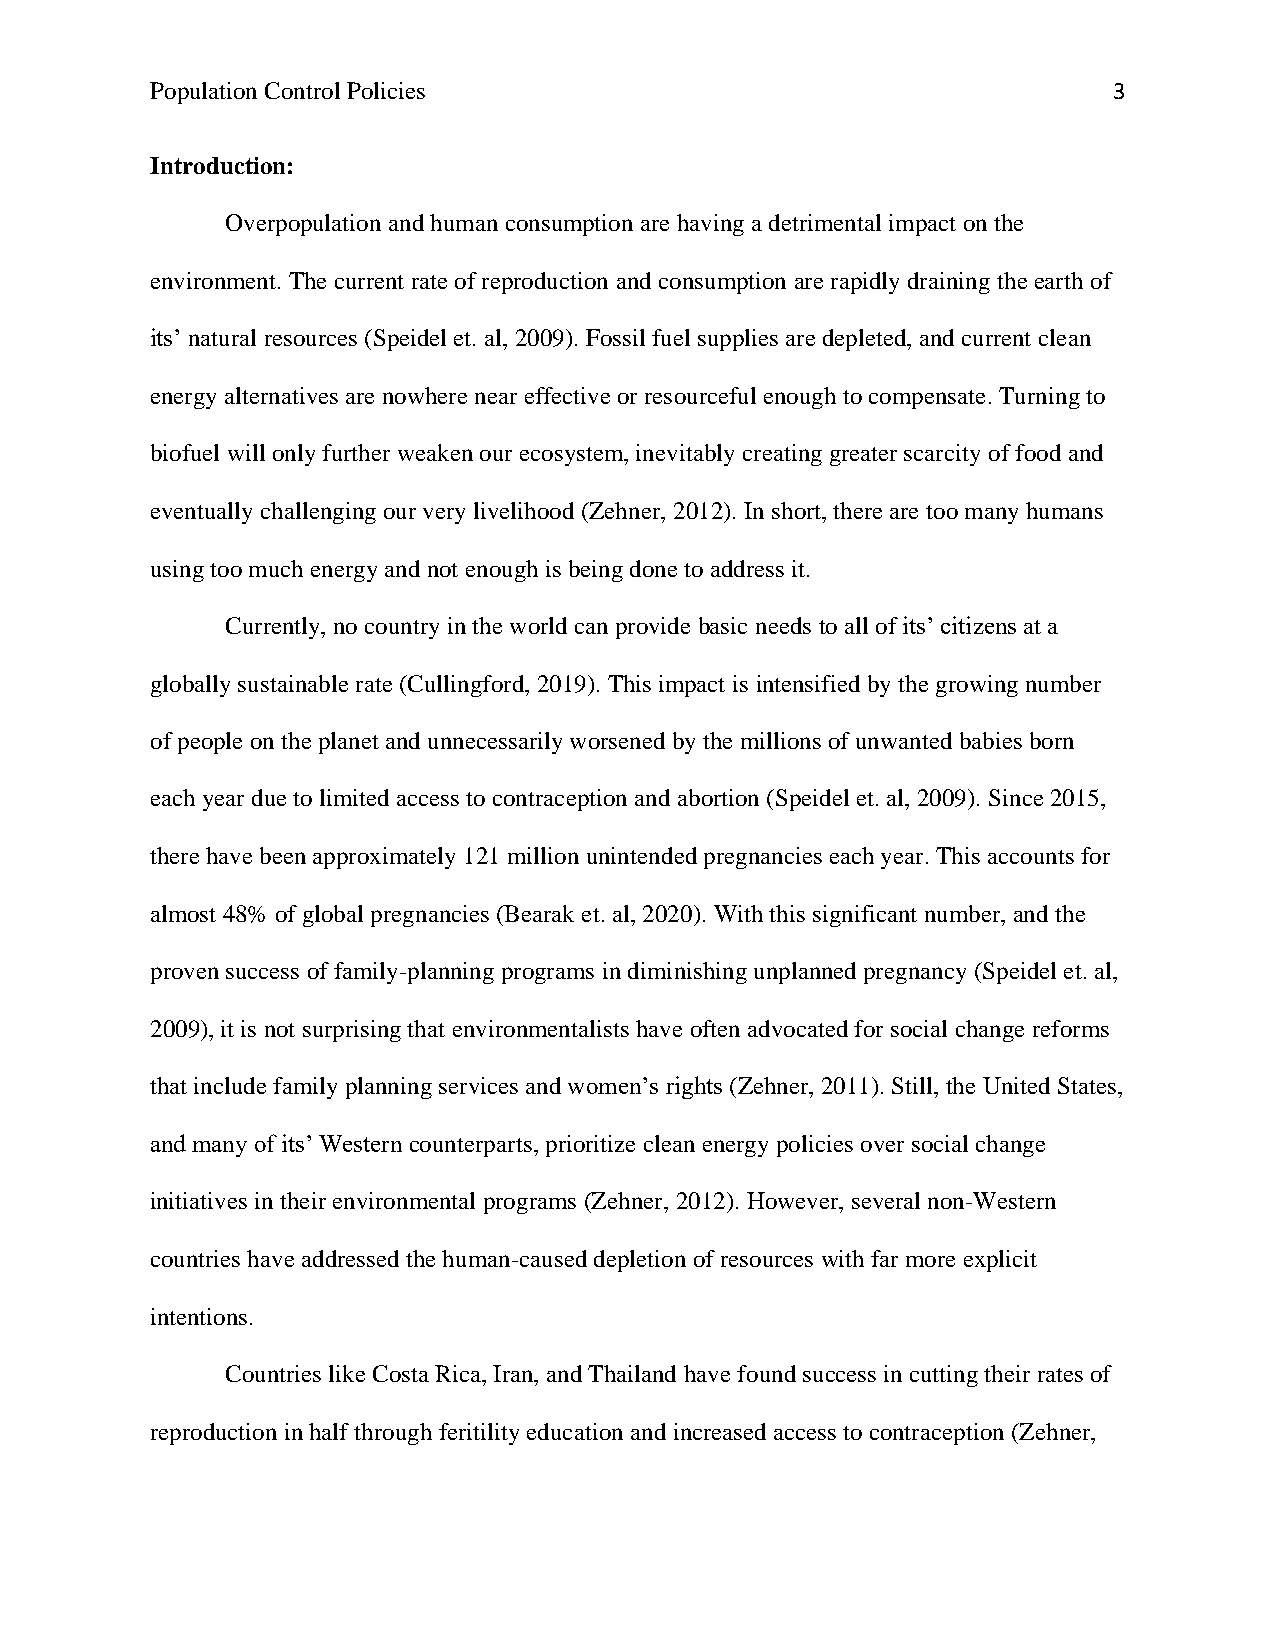
Population Control Policies                                     3
 Introduction:
 Overpopulation and human consumption are having a detrimental impact on the
 environment. The current rate of reproduction and consumption are rapidly draining the earth of
 its’ natural resources (Speidel et. al, 2009). Fossil fuel supplies are depleted, and current clean
 energy alternatives are nowhere near effective or resourceful enough to compensate. Turning to
 biofuel will only further weaken our ecosystem, inevitably creating greater scarcity of food and
 eventually challenging our very livelihood (Zehner, 2012). In short, there are too many humans
 using too much energy and not enough is being done to address it.
 Currently, no country in the world can provide basic needs to all of its’ citizens at a
 globally sustainable rate (Cullingford, 2019). This impact is intensified by the growing number
 of people on the planet and unnecessarily worsened by the millions of unwanted babies born
 each year due to limited access to contraception and abortion (Speidel et. al, 2009). Since 2015,
 there have been approximately 121 million unintended pregnancies each year. This accounts for
 almost 48% of global pregnancies (Bearak et. al, 2020). With this significant number, and the
 proven success of family-planning programs in diminishing unplanned pregnancy (Speidel et. al,
 2009), it is not surprising that environmentalists have often advocated for social change reforms
 that include family planning services and women’s rights (Zehner, 2011). Still, the United States,
 and many of its’ Western counterparts, prioritize clean energy policies over social change
 initiatives in their environmental programs (Zehner, 2012). However, several non-Western
 countries have addressed the human-caused depletion of resources with far more explicit
 intentions.
 Countries like Costa Rica, Iran, and Thailand have found success in cutting their rates of
 reproduction in half through feritility education and increased access to contraception (Zehner,